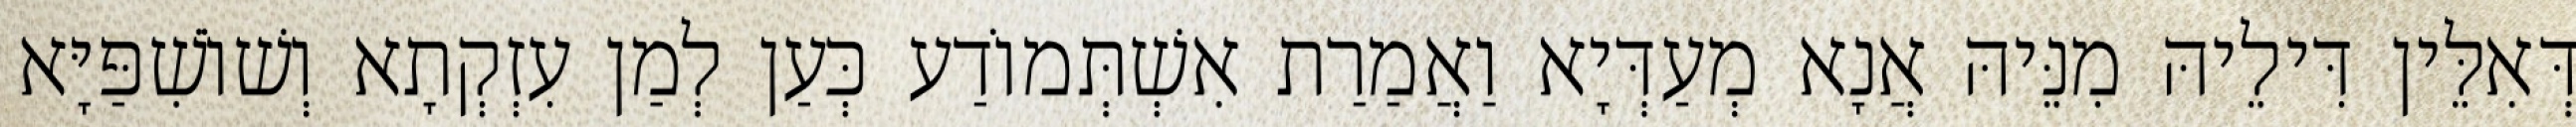
דְּאִלֵּין דִּילֵיהּ מִנֵּיהּ אֲנָא מְעַדְּיָא וַאֲמַרַת אִשְׁתְּמוֹדַע כְּעַן לְמַן עִזְקְתָא וְשׁוֹשִׁפַּיָּא